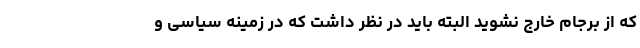
که از برجام خارج نشوید البته باید در نظر داشت که در زمینه سیاسی و